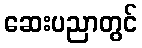
ဆေးပညာတွင်